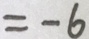
= - 6